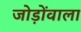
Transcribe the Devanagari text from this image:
जोड़ोंवाला